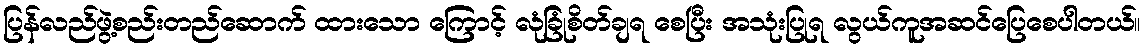
ပြန်လည်ဖွဲ့စည်းတည်ဆောက် ထားသော ကြောင့် လုံခြုံစိတ်ချရ စေပြီး အသုံးပြုရ လွယ်ကူအဆင်ပြေစေပါတယ်။